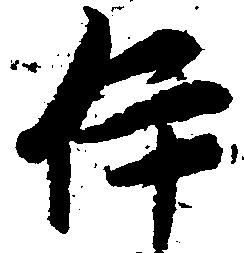
伊